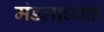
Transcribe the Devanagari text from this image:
मंडलाध्यक्ष